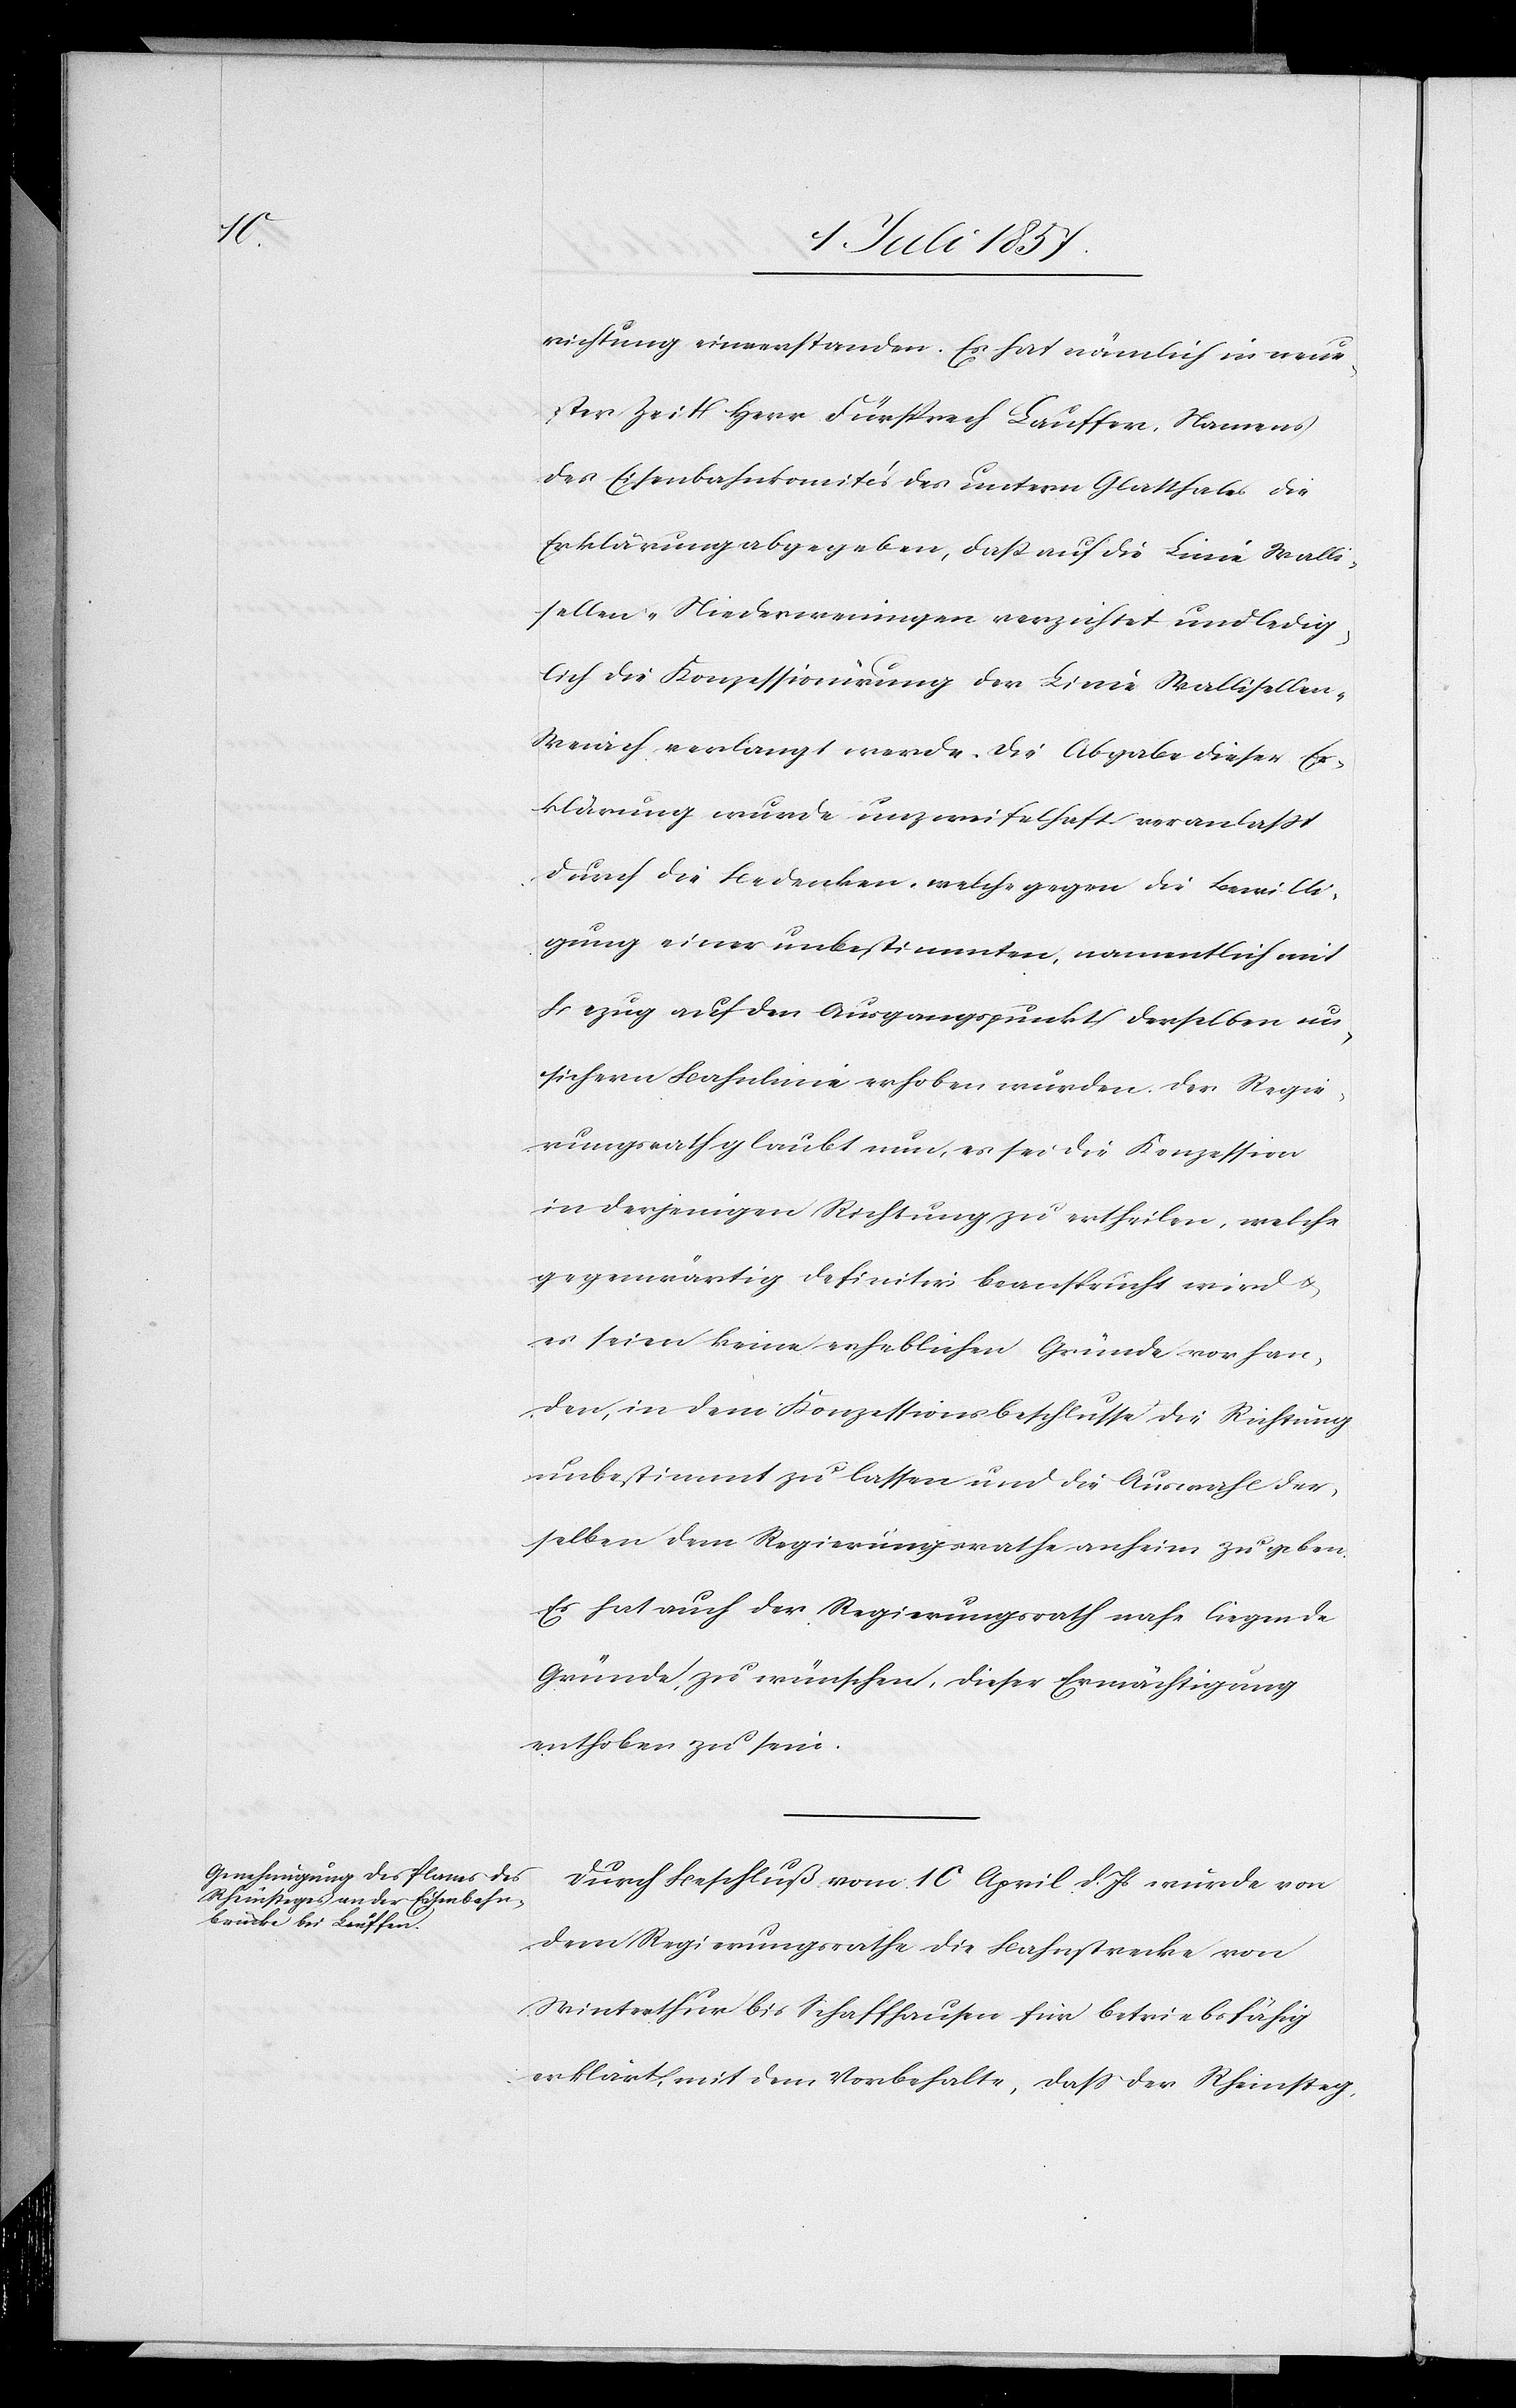
richtung einverstanden. Es hat nämlich in neue¬
ster Zeit Herr Fürsprech Lauffer, Namens
des Eisenbahnkomités des untern Glatthales die
Erklärung abgegeben, daß auf die Linie Walli¬
sellen–Niederweningen verzichtet und ledig¬
lich die Konzessionirung der Linie Wallisellen–W¬
eiach verlangt werde. Die Abgabe dieser Er¬
klärung wurde unzweifelhaft veranlaßt
durch die Bedenken, welche gegen die Bewilli¬
gung einer unbestimmten, namentlich mit
Bezug auf den Ausgangspunkt derselben un¬
sichern Bahnlinie erhoben würden. Der Regie¬
rungsrath glaubt nun, es sei die Konzession
in derjenigen Richtung zu ertheilen, welche
gegenwärtig definitiv beansprucht wird &
es seien keine erheblichen Gründe vorhan¬
den, in dem Konzessionsbeschlusse die Richtung
unbestimmt zu lassen und die Auswahl der¬
selben dem Regierungsrathe anheim zu geben.
Es hat auch der Regierungsrath nahe liegende
Gründe, zu wünschen, dieser Ermächtigung
enthoben zu sein.
Durch Beschluß vom 10 April d. Js. wurde von
dem Regierungsrathe die Bahnstrecke von
Winterthur bis Schaffhausen für betriebsfähig
erklärt, mit dem Vorbehalte, daß der Rheinsteg,